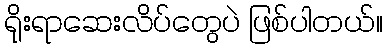
ရိုးရာဆေးလိပ်တွေပဲ ဖြစ်ပါတယ်။